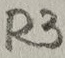
Text: R3